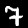
Label: 7